Leaving Certificate, 1937
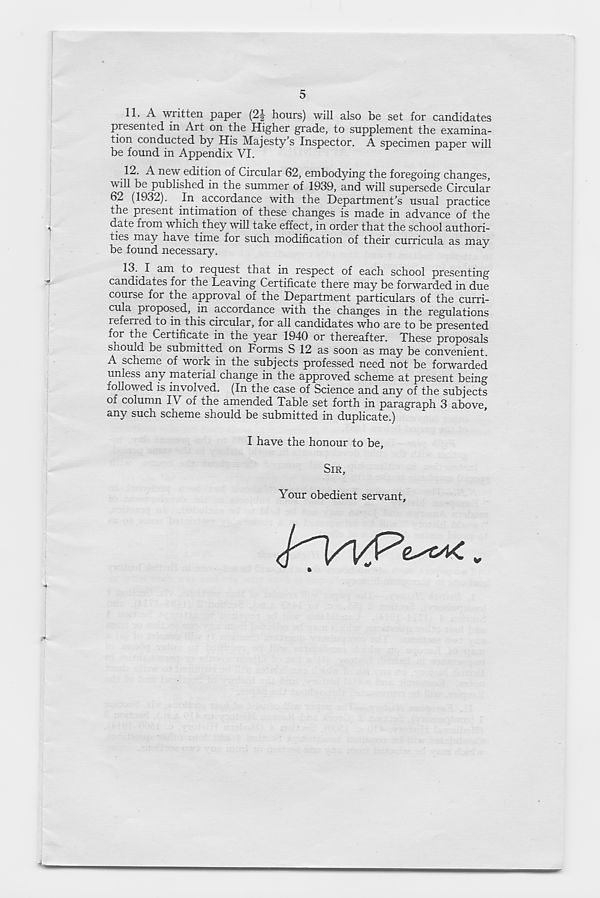
5
11. A written paper (2-|- hours) will also be set for candidates
presented in Art on the Higher grade, to supplement the examina-
tion conducted by His Majesty’s Inspector. A specimen paper will
be found in Appendix VI.
12. A new edition of Circular 62, embodying the foregoing changes,
will be published in the summer of 1939, and will supersede Circular
62 (1932). In accordance with the Department’s usual practice
the present intimation of these changes is made in advance of the
date from which they will take effect, in order that the school authori-
ties may have time for such modification of their curricula as may
be found necessary.
13. I am to request that in respect of each school presenting
candidates for the Leaving Certificate there may be forwarded in due
course for the approval of the Department particulars of the curri-
cula proposed, in accordance with the changes in the regulations
referred to in this circular, for all candidates who are to be presented
for the Certificate in the year 1940 or thereafter. These proposals
should be submitted on Forms S 12 as soon as may be convenient.
A scheme of work in the subjects professed need not be forwarded
unless any material change in the approved scheme at present being
followed is involved. (In the case of Science and any of the subjects
of column IV of the amended Table set forth in paragraph 3 above,
any such scheme should be submitted in duplicate.)
I have the honour to be.
SIR,
Your obedient servant.